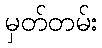
မှတ်တမ်း